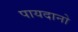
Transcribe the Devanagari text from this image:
पायदानो